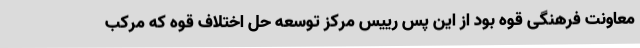
معاونت فرهنگی قوه بود از این پس رییس مرکز توسعه حل اختلاف قوه که مرکب